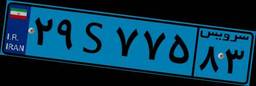
۲۹S۷۷۵۸۳